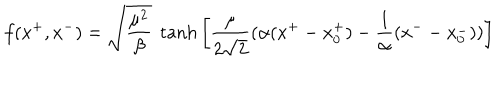
LaTeX: f ( x ^ { + } , x ^ { - } ) = \sqrt \frac { \mu ^ { 2 } } { \beta } ~ \tanh { \left[ \frac { \mu } { 2 \sqrt 2 } ( \alpha ( x ^ { + } - x _ { 0 } ^ { + } ) - \frac { 1 } { \alpha } ( x ^ { - } - x _ { 0 } ^ { - } ) ) \right] }